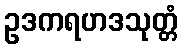
ဥဒကရဟဒသုတ္တံ